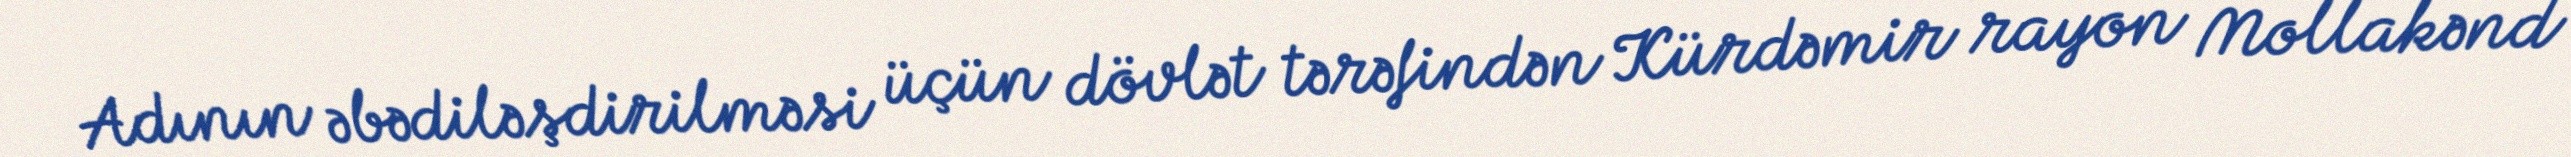
Adının əbədiləşdirilməsi üçün dövlət tərəfindən Kürdəmir rayon Mollakənd